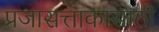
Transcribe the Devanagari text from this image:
प्रजासत्ताकासाठी